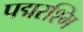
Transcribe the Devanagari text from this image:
पद्मरश्मि